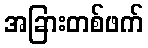
အခြားတစ်ဖက်